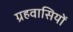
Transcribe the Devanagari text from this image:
ग्रहवासियों